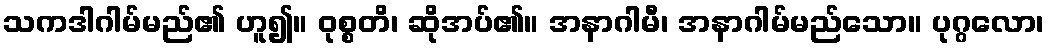
သကဒါဂါမ်မည်၏ ဟူ၍။ ဝုစ္စတိ၊ ဆိုအပ်၏။ အနာဂါမီ၊ အနာဂါမ်မည်သော။ ပုဂ္ဂလော၊